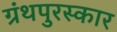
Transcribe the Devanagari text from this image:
ग्रंथपुरस्कार